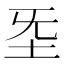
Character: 𡉙